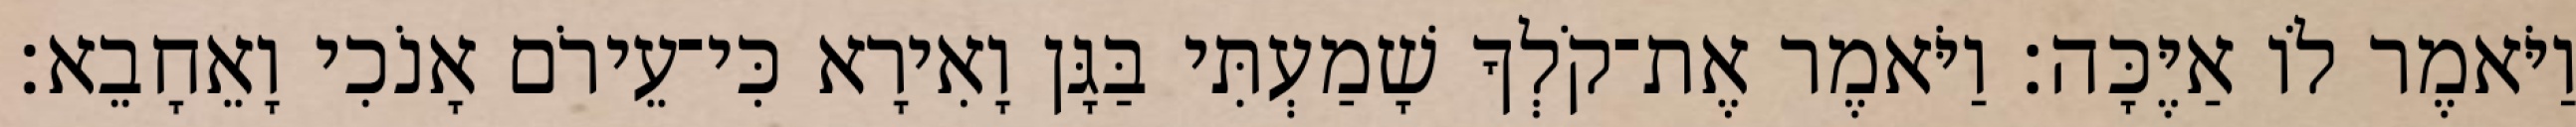
וַיֹּאמֶר לֹו אַיֶּכָּה׃ וַיֹּאמֶר אֶת־קֹלְךָ שָׁמַעְתִּי בַּגָּן וָאִירָא כִּי־עֵירֹם אָנֹכִי וָאֵחָבֵא׃